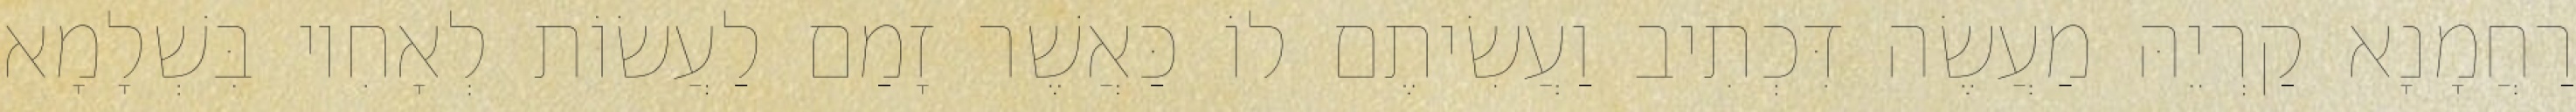
רַחֲמָנָא קַרְיֵהּ מַעֲשֶׂה דִּכְתִיב וַעֲשִׂיתֶם לוֹ כַּאֲשֶׁר זָמַם לַעֲשׂוֹת לְאָחִיו בִּשְׁלָמָא